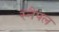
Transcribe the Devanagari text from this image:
स्नैपल